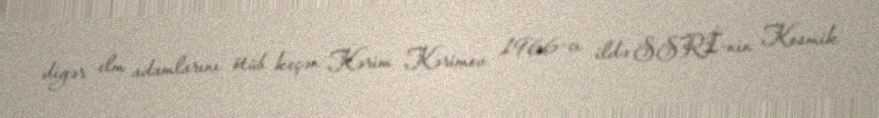
digər elm adamlarını ötüb keçən Kərim Kərimov 1966-cı ildə SSRİ-nin Kosmik